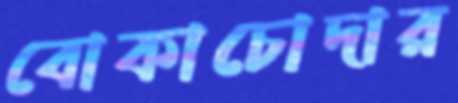
বোকাচোদার